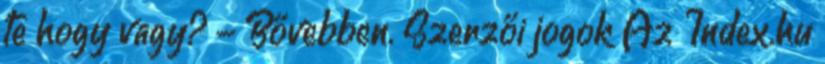
te hogy vagy? - Bővebben. Szerzői jogok Az Index.hu